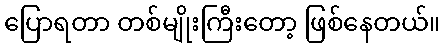
ပြောရတာ တစ်မျိုးကြီးတော့ ဖြစ်နေတယ်။